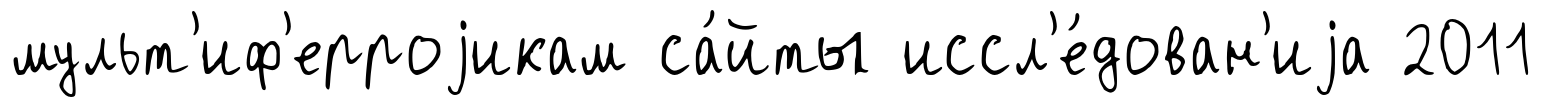
мульт'иф'ерроjикам са́йты иссл'е́дован'иjа 2011